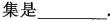
集是___.